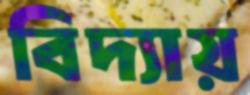
বিদ্যায়